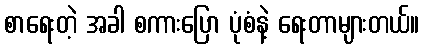
စာရေးတဲ့ အခါ စကားပြော ပုံစံနဲ့ ရေးတာများတယ်။